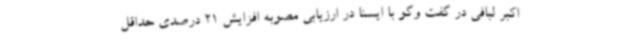
اکبر لبافی در گفت وگو با ایسنا در ارزیابی مصوبه افزایش 21 درصدی حداقل